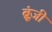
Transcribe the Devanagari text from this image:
ब्रूंज़ी